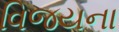
વિજયના